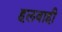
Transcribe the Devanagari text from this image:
हलवाही